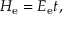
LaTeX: H _ { \mathrm { e } } = E _ { \mathrm { e } } t ,